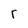
Character: r